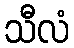
သီလံ